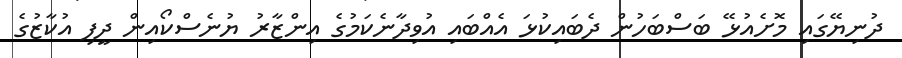
ދުނިޔޭގައި މޮށެއުޅޭ ބަސްބަހުން ދެބައިކުޅަ އެއްބައި އުވިދާނެކަމުގެ އިންޒާރު ޔުނެސްކޯއިން ދީފި އުކާޒުގެ